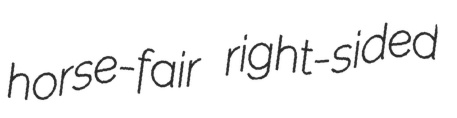
horse-fair right-sided